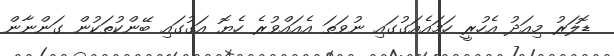
ޑޮލަރު މިއަދު އެހުރީ ހަމައެއަގުގައި ނުވަތަ އެއައްވުރެ ހެޔޮ އަގުގައި ބޭންކުތަކުން ގަންނާން